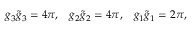
g _ { 3 } \tilde { g } _ { 3 } = 4 \pi , \; \; \; g _ { 2 } \tilde { g } _ { 2 } = 4 \pi , \; \; \; g _ { 1 } \tilde { g } _ { 1 } = 2 \pi ,